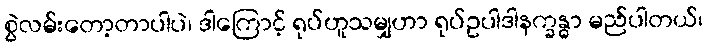
စွဲလမ်းတော့တာပါပဲ၊ ဒါကြောင့် ရုပ်ဟူသမျှဟာ ရုပ်ဥပါဒါနက္ခန္ဓာ မည်ပါတယ်၊